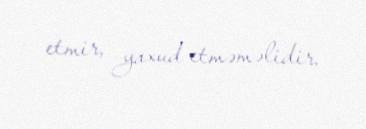
etmir, yaxud etməməlidir.